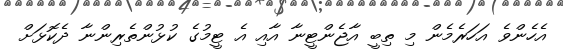
އެހެންވެ އަހަރެމެން މި ތިބީ އާޖެންޓީނާ އާއި އެ ޓީމުގެ ކުޅުންތެރިންނާ ދެކޮޅަށް